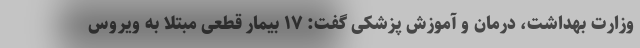
وزارت بهداشت، درمان و آموزش پزشکی گفت: ۱۷ بیمار قطعی مبتلا به ویروس